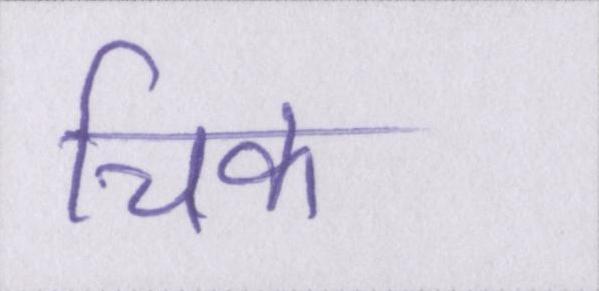
चिक